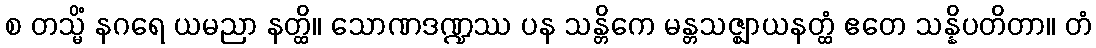
စ တသ္မိံ နဂရေ ယမညာ နတ္ထိ။ သောဏဒဏ္ဍဿ ပန သန္တိကေ မန္တသဇ္ဈာယနတ္ထံ ဧတေ သန္နိပတိတာ။ တံ